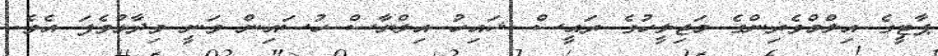
ޕާޓީގެ އިލްމްވެރިންގެ މަޖިލީހުގެ ރައީސް ޝައިހު އިލްޔާސް ހުސައިން ވަނީ ވިދާޅުވެފަ އެވެ.